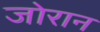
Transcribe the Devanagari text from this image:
जोरान